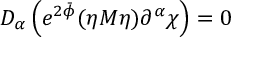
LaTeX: D _ { \alpha } \left( e ^ { 2 \bar { \phi } } ( \eta M \eta ) \partial ^ { \alpha } \chi \right) = 0